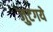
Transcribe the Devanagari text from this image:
जुटगये